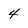
Character: 4